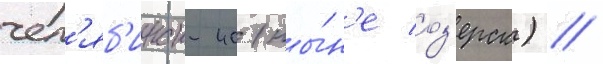
чел'яб'инск-40 (ны́н'е оз'ерск) //